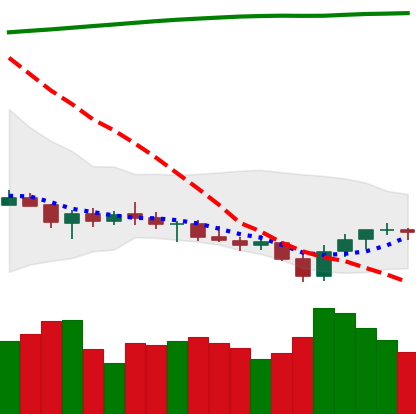
Ticker: XRP-USD
Chart end date: 2021-07-25
Forward return: 24.039%
Label: up_7plus